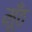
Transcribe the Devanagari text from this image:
मूँठ